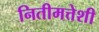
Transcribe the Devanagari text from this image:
नितीमत्तेशी